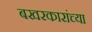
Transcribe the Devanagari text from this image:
बखरकारांच्या